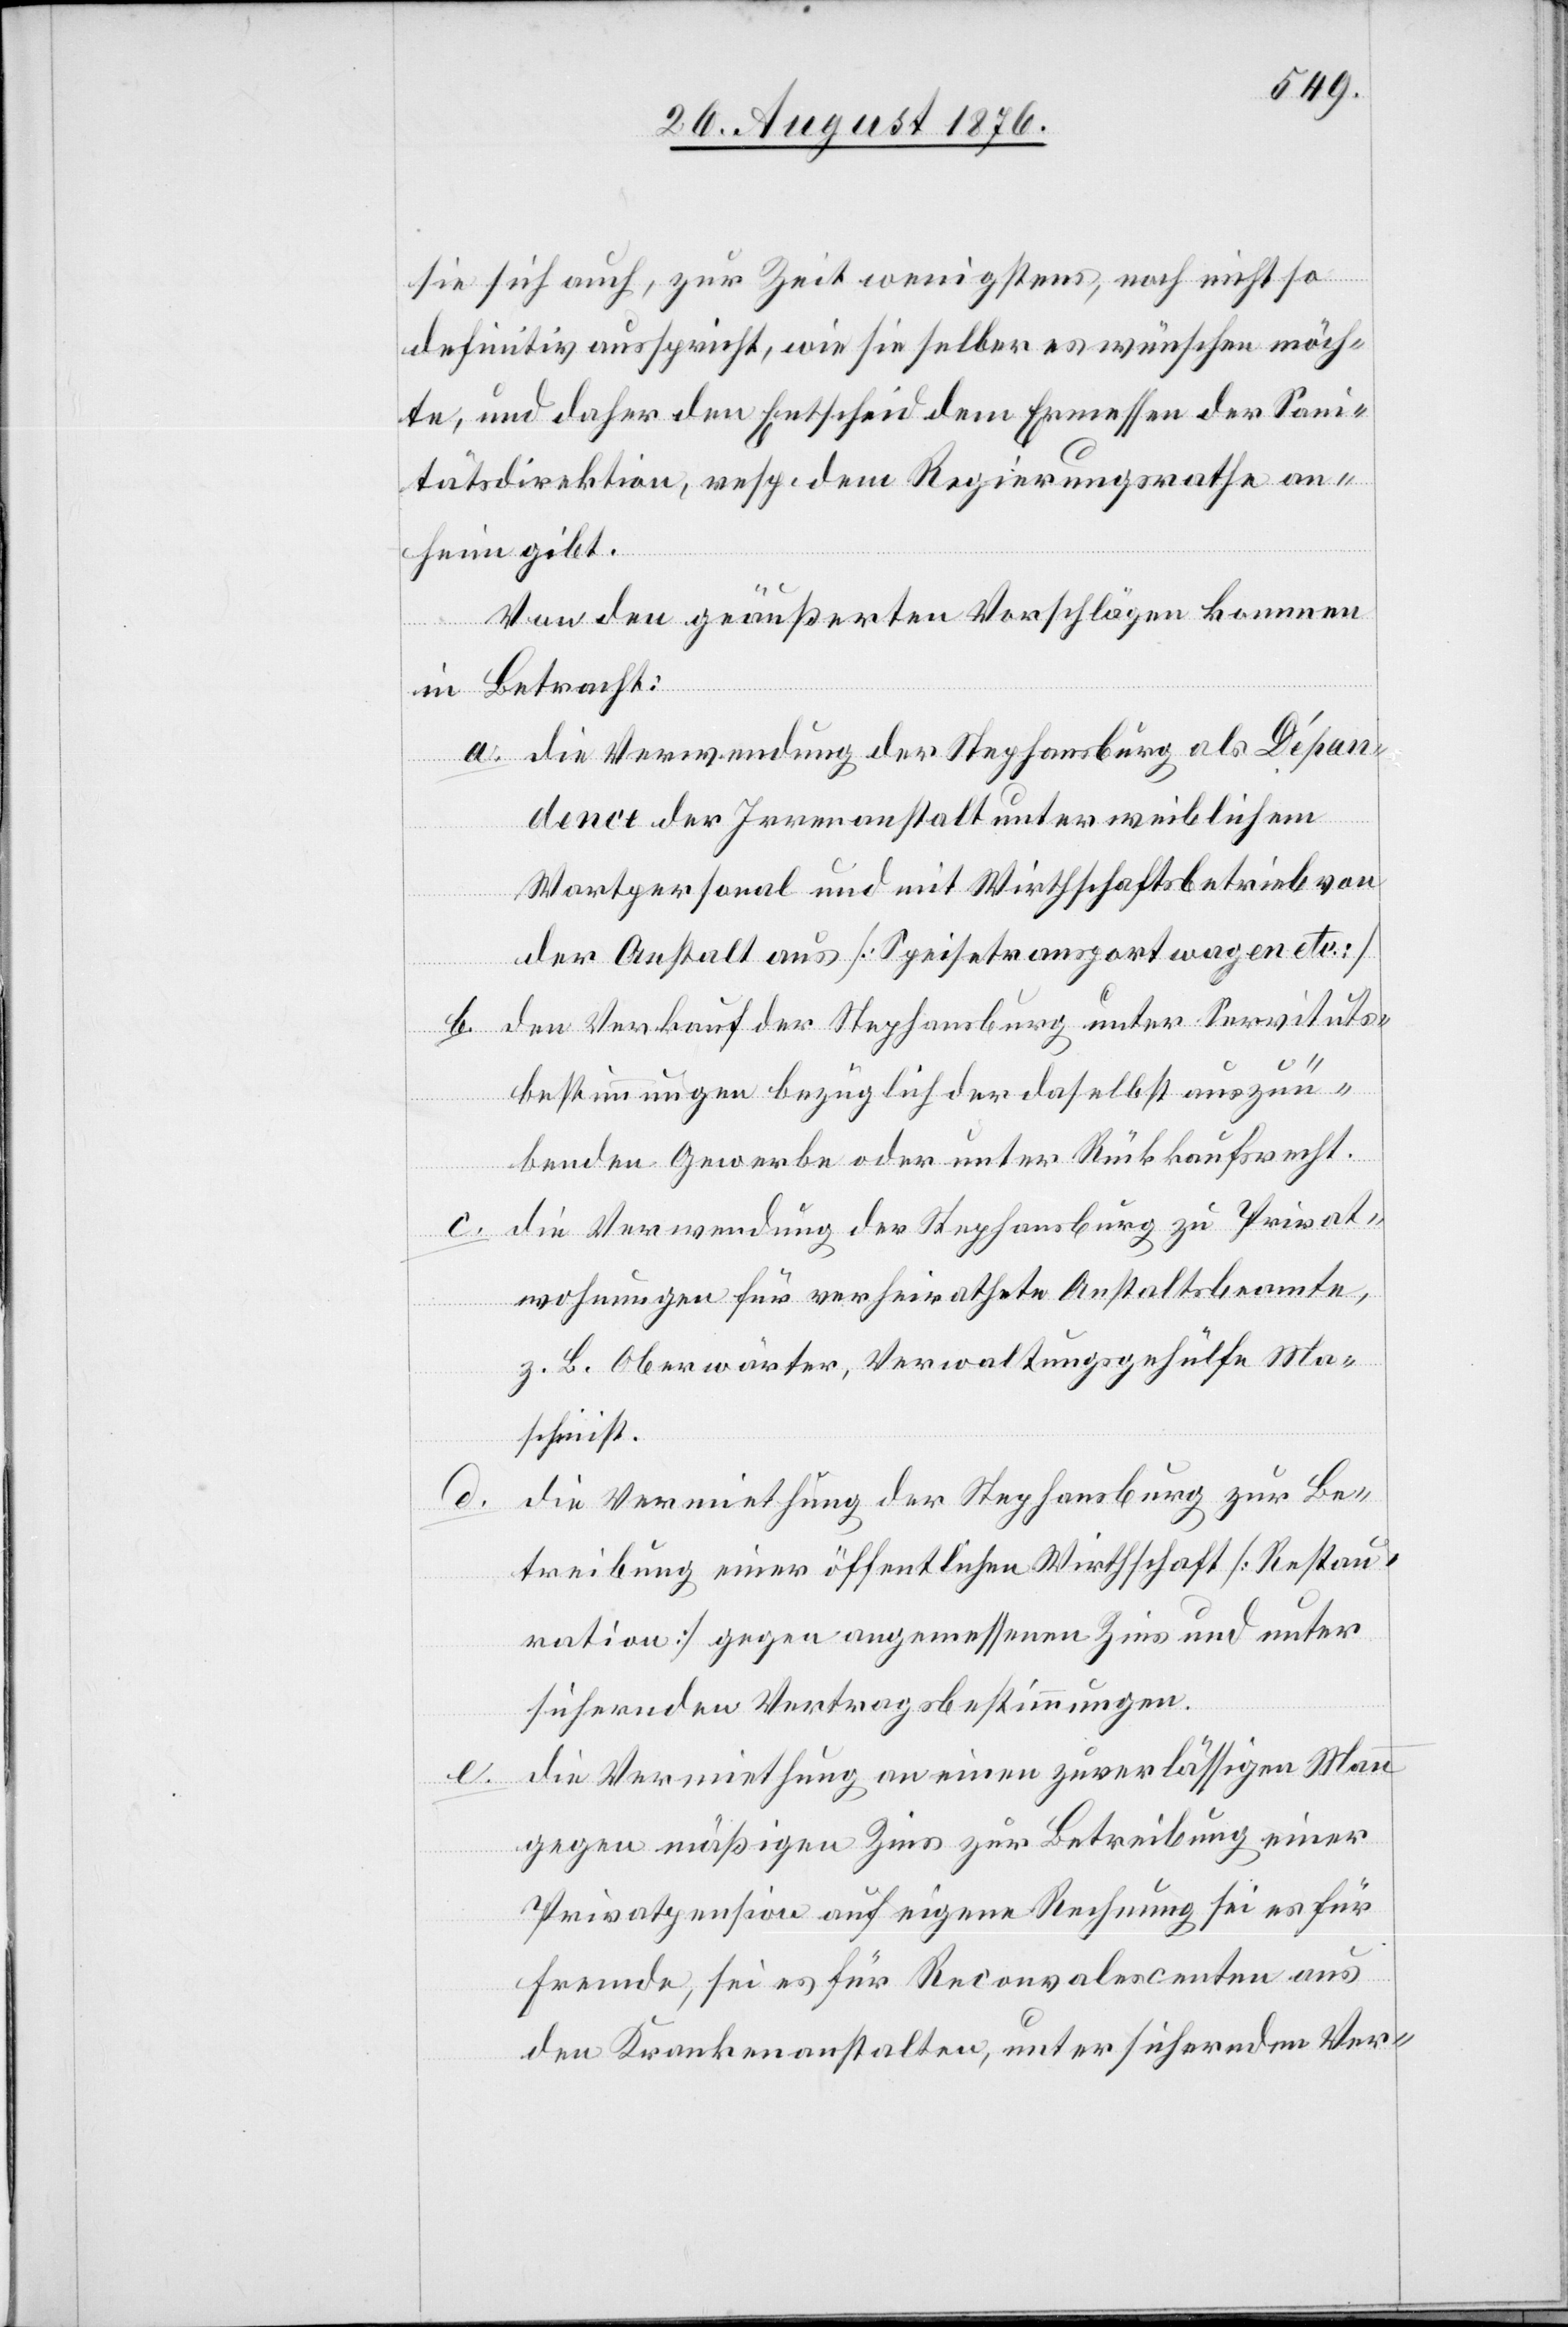
sie sich auch, zur Zeit wenigstens, noch nicht so
definitiv ausspricht, wie sie selber es wünschen möch¬
te, und daher den Entscheid dem Ermessen der Sani¬
tätsdirektion, resp. dem Regierungsrathe an¬
heim gibt.
Von den geäußerten Vorschlägen kommen
in Betracht:
a. die Verwendung der Stephansburg als Dépan¬
dence der Irrenanstalt unter weiblichem
Wartpersonal und mit Wirthschaftsbetrieb von
der Anstalt aus [Speisetransportwagen etc.]
den Verkauf der Stephansburg unter Servituts¬
d.
bestimmungen bezüglich der daselbst auszuü¬
benden Gewerbe oder unter Rückkaufsrecht.
c. die Verwendung der Stephansburg zu Privat¬
wohnungen für verheirathete Anstaltsbeamte,
z. B. Oberwärter, Verwaltungsgehülfe Ma¬
schinist.
die Vermiethung der Stephansburg zur Be¬
treibung einer öffentlichen Wirthschaft [Restau¬
ration] gegen angemessenen Zins und unter
sichernden Vertragsbestimmungen.
Die Vermiethung an einen zuverlässigen Mann
gegen mäßigen Zins zur Betreibung einer
Privatpension auf eigene Rechnung sei es für
Fremde, sei es für Reconvalescenten aus
den Krankenanstalten, unter sichernden Ver-